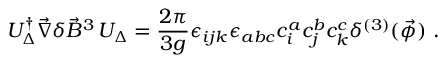
{ \cal U } _ { \Delta } ^ { \dagger } \vec { \nabla } \delta \vec { B } ^ { 3 } \, { \cal U } _ { \Delta } = \frac { 2 \pi } { 3 g } \epsilon _ { i j k } \epsilon _ { a b c } c _ { i } ^ { a } c _ { j } ^ { b } c _ { k } ^ { c } \delta ^ { ( 3 ) } ( \vec { \phi } ) \ .